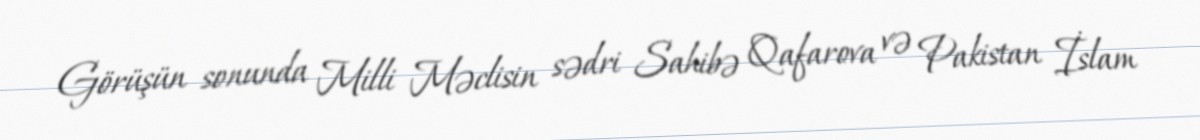
Görüşün sonunda Milli Məclisin sədri Sahibə Qafarova və Pakistan İslam